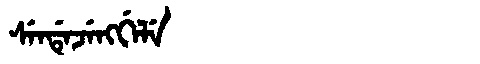
Manchu: ᠰᡝᠨᡩᡝᠵᡝᠩᡤᡝᠯᡝ
Romanization: SENDEJENGGELE